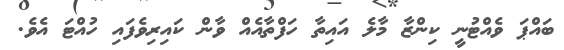
ބައްޕަ ވެއްޓުނީ ކިންޒާ މާލެ އައިތާ ހަފްތާއެއް ވާން ކައިރިވެފައި ހުއްޓަ އެވެ.